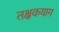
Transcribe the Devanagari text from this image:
तक्षकयाग